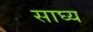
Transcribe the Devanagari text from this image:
साघ्य